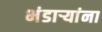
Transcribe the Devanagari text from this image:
भंडाऱ्यांना